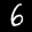
Label: 6